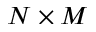
N \times M